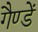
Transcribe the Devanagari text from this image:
गैण्डें